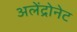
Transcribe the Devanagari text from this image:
अलेंद्रोनेट